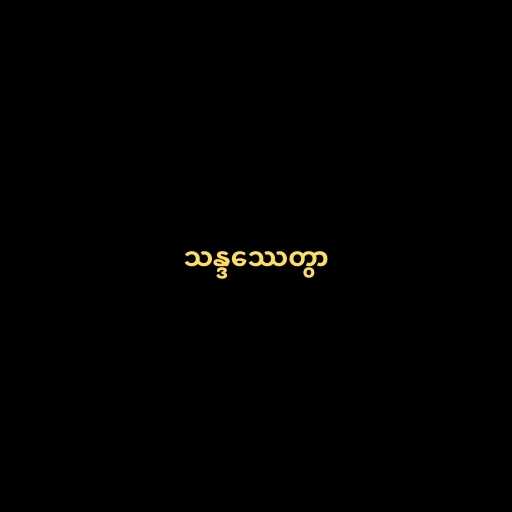
သန္ဒဿေတွာ